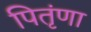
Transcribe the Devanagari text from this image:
पितृंणा